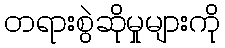
တရားစွဲဆိုမှုများကို